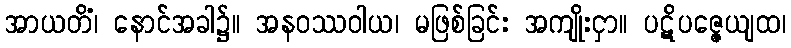
အာယတိံ၊ နောင်အခါ၌။ အနဝဿဝါယ၊ မဖြစ်ခြင်း အကျိုးငှာ။ ပဋိပဇ္ဇေယျထ၊